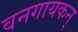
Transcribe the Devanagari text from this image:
वनगायकन्